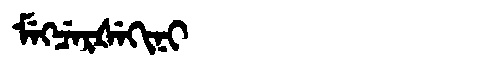
Manchu: ᠮᡝᡴᠴᡝᡵᡧᡝᡴᡳᠨᡳ
Romanization: MEKCERŠEKINI